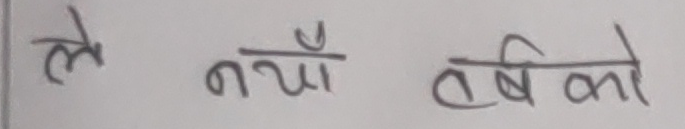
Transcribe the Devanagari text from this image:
ले नयाँ तर्षिको